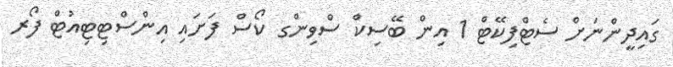
ގައިދީންނަށް ސެޓްފިކޭޓް 1 އިން ބޭސިކް ސްވިންގ ކޯސް ފަށައި އިންސްޓިޓިއުޓް ފޯރ